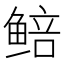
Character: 𬶜